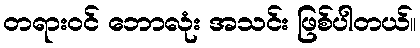
တရားဝင် ဘောလုံး အသင်း ဖြစ်ပါတယ်။